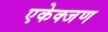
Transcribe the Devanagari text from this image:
एकेक्जण